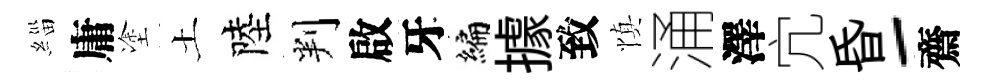
緇庸塗土陸判啟牙编據致慎涌澤宂昏-齋